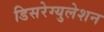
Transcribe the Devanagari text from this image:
डिसरेग्युलेशन